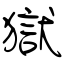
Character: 獄